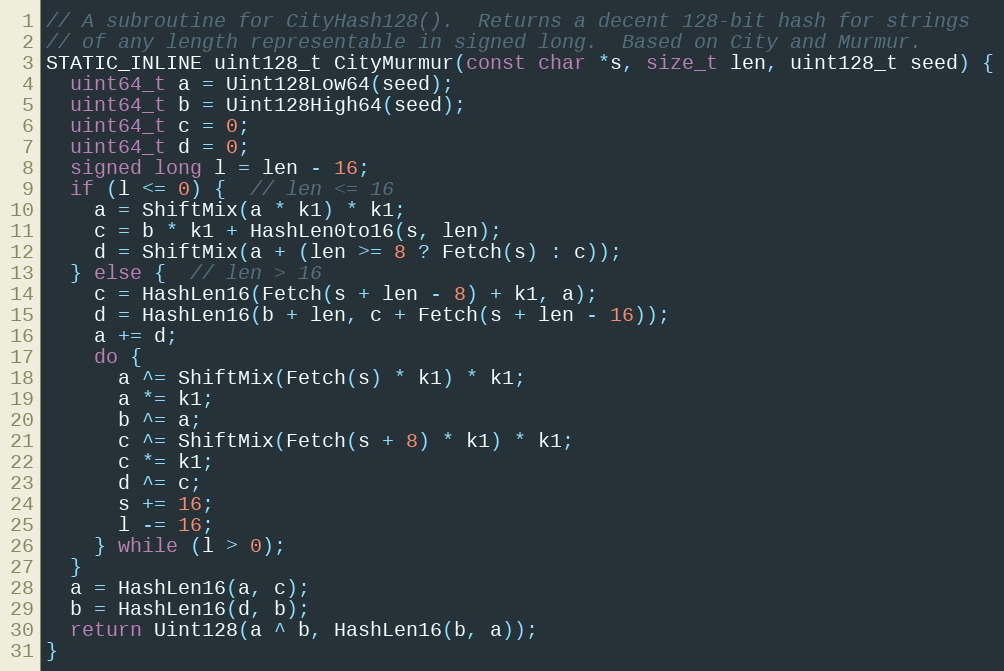
Language: C++
// A subroutine for CityHash128().  Returns a decent 128-bit hash for strings
// of any length representable in signed long.  Based on City and Murmur.
STATIC_INLINE uint128_t CityMurmur(const char *s, size_t len, uint128_t seed) {
  uint64_t a = Uint128Low64(seed);
  uint64_t b = Uint128High64(seed);
  uint64_t c = 0;
  uint64_t d = 0;
  signed long l = len - 16;
  if (l <= 0) {  // len <= 16
    a = ShiftMix(a * k1) * k1;
    c = b * k1 + HashLen0to16(s, len);
    d = ShiftMix(a + (len >= 8 ? Fetch(s) : c));
  } else {  // len > 16
    c = HashLen16(Fetch(s + len - 8) + k1, a);
    d = HashLen16(b + len, c + Fetch(s + len - 16));
    a += d;
    do {
      a ^= ShiftMix(Fetch(s) * k1) * k1;
      a *= k1;
      b ^= a;
      c ^= ShiftMix(Fetch(s + 8) * k1) * k1;
      c *= k1;
      d ^= c;
      s += 16;
      l -= 16;
    } while (l > 0);
  }
  a = HashLen16(a, c);
  b = HashLen16(d, b);
  return Uint128(a ^ b, HashLen16(b, a));
}